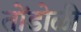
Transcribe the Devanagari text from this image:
तोंडोळी